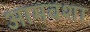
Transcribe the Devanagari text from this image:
आमवशा